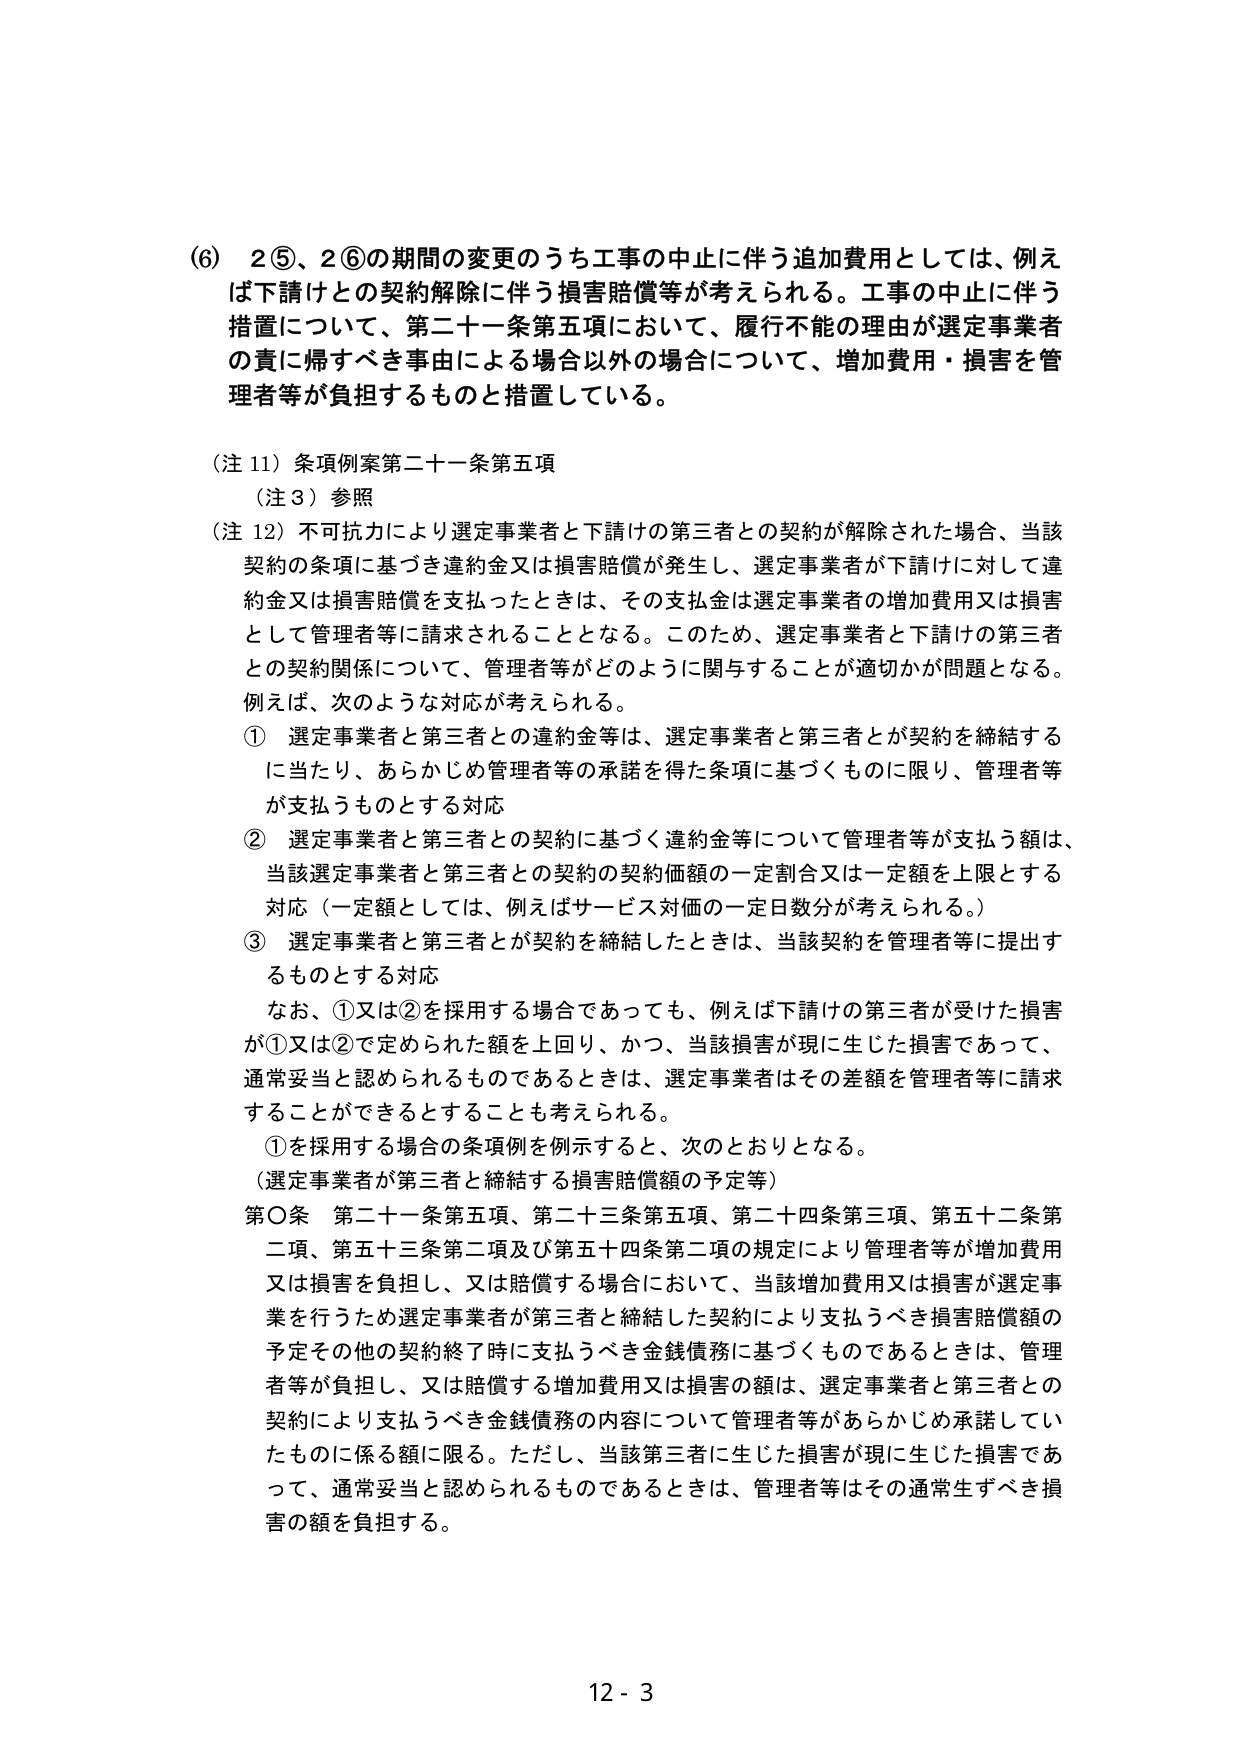
(6) 2⑤、2⑥の期間の変更のうち工事の中止に伴う追加費用としては、例えば下請けとの契約解除に伴う損害賠償等が考えられる。工事の中止に伴う措置について、第二十一条第五項において、履行不能の理由が選定事業者の責に帰すべき事由による場合以外の場合について、増加費用・損害を管理者等が負担するものと措置している。

(注11) 条項例案第二十一条第五項
(注3) 参照

(注12) 不可抗力により選定事業者と下請けの第三者との契約が解除された場合、当該契約の条項に基づき違約金又は損害賠償が発生し、選定事業者が下請けに対して違約金又は損害賠償を支払ったときは、その支払金は選定事業者の増加費用又は損害として管理者等に請求されることとなる。このため、選定事業者と下請けの第三者との契約関係について、管理者等がどのように関与することが適切かが問題となる。例えば、次のような対応が考えられる。

① 選定事業者と第三者との違約金等は、選定事業者と第三者とが契約を締結するに当たり、あらかじめ管理者等の承諾を得た条項に基づくものに限り、管理者等が支払うものとする対応

② 選定事業者と第三者との契約に基づく違約金等について管理者等が支払う額は、当該選定事業者と第三者との契約の契約価額の一定割合又は一定額を上限とする対応（一定額としては、例えばサービス対価の一定日数分が考えられる。）

③ 選定事業者と第三者とが契約を締結したときは、当該契約を管理者等に提出するものとする対応

なお、①又は②を採用する場合であっても、例えば下請けの第三者が受けた損害が①又は②で定められた額を上回り、かつ、当該損害が現に生じた損害であって、通常妥当と認められるものであるときは、選定事業者はその差額を管理者等に請求することができるとしても考えられる。

①を採用する場合の条項例を例示すると、次のとおりとなる。

（選定事業者が第三者と締結する損害賠償額の予定等）

第○条 第二十一条第五項、第二十三条第五項、第二十四条第三項、第五十二条第二項、第五十三条第二項及び第五十四条第二項の規定により管理者等が増加費用又は損害を負担し、又は賠償する場合において、当該増加費用又は損害が選定事業を行うため選定事業者が第三者と締結した契約により支払うべき損害賠償額の予定その他の契約終了時に支払うべき金銭債務に基づくものであるときは、管理者等が負担し、又は賠償する増加費用又は損害の額は、選定事業者と第三者との契約により支払うべき金銭債務の内容について管理者等があらかじめ承諾していたものに係る額に限る。ただし、当該第三者に生じた損害が現に生じた損害であって、通常妥当と認められるものであるときは、管理者等はその通常生ずべき損害の額を負担する。

12 - 3